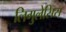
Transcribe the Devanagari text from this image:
लिगुलेसिस